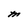
Character: M